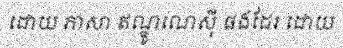
ដោយ ភាសា ឥណ្ឌូណេស៊ី ផងដែរ ដោយ